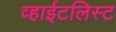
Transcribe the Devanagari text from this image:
व्हाईटलिस्ट